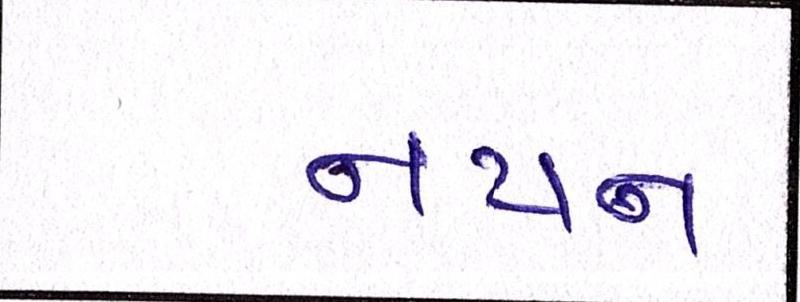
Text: નયન